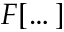
F [ \dots ]